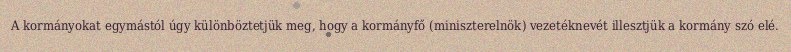
A kormányokat egymástól úgy különböztetjük meg, hogy a kormányfő (miniszterelnök) vezetéknevét illesztjük a kormány szó elé.